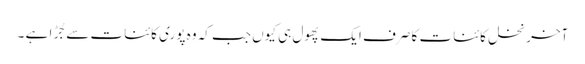
آخرِ نخلِ کائنات کا صرف ایک پھول ہی کیوں جب کہ وہ پوری کائنات سے جُڑا ہے ۔